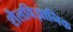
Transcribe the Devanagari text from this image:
शैलविज्ञानिक